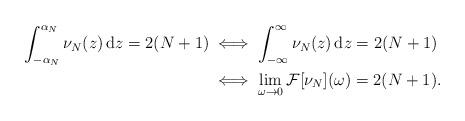
LaTeX: \begin{align*}\int_{-\alpha_{N}}^{\alpha_{N}} \nu_{N}(z) \, \mathrm{d}z = 2(N+1)& \iff \int_{-\infty}^{\infty} \nu_{N}(z) \, \mathrm{d}z = 2(N+1) \\& \iff \lim_{\omega \to 0} \mathcal{F}[\nu_{N}](\omega)= 2(N+1). \end{align*}